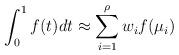
LaTeX: \begin{align*} \int_0^1 f (t) d t \approx \sum_{i=1}^\rho w_i f (\mu_i) \end{align*}